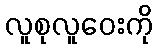
လူစုလူဝေးကို